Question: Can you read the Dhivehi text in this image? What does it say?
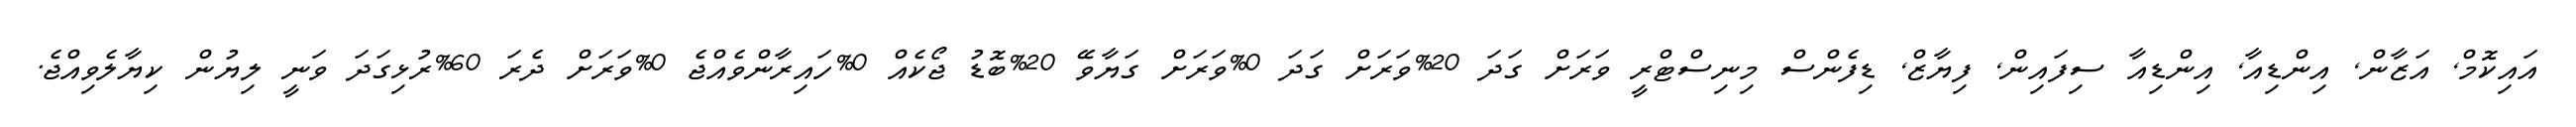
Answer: އައިކޮމް, އަޒާން, އިންޑިއާ, އިންޑިއާ ސިފައިން, ފިޔާޒް, ޑިފެންސް މިނިސްޓްރީ ވަރަށް ގަދަ 20%ވަރަށް ގަދަ 0%ވަރަށް ގަޔާވޭ 20%ބޮޑު ޖޯކެއް 0%ހައިރާންވެއްޖެ 0%ވަރަށް ދެރަ 60%ރުޅިގަދަ ވަނީ ލިޔުން ކިޔާލެވިއްޖެ.